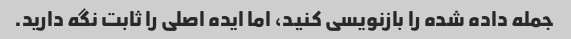
جمله داده شده را بازنویسی کنید، اما ایده اصلی را ثابت نگه دارید.